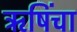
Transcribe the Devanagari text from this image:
ऋषिंचा